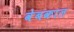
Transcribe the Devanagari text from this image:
वेबकाल